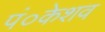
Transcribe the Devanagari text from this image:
पं०केशव